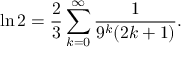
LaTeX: \ln 2 = { \frac { 2 } { 3 } } \sum _ { k = 0 } ^ { \infty } { \frac { 1 } { 9 ^ { k } ( 2 k + 1 ) } } .